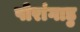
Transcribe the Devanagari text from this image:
पोरांगाडु